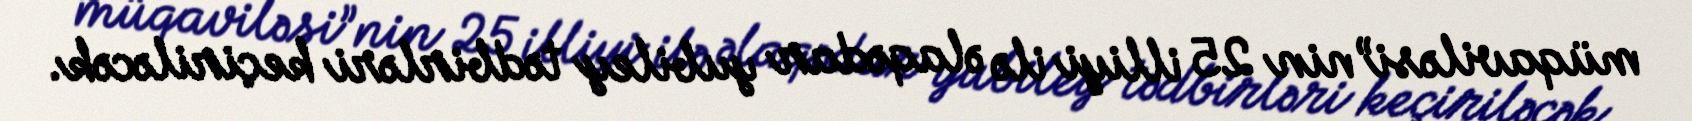
müqaviləsi”nin 25 illiyi ilə əlaqədar yubiley tədbirləri keçiriləcək.